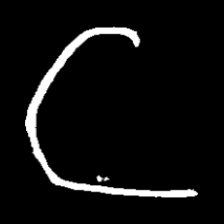
Pyu character \u2014 Myanmar letter: ဋ (romanized: tta)